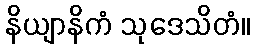
နိယျာနိကံ သုဒေသိတံ။